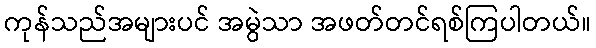
ကုန်သည်အများပင် အမွဲသာ အဖတ်တင်ရစ်ကြပါတယ်။